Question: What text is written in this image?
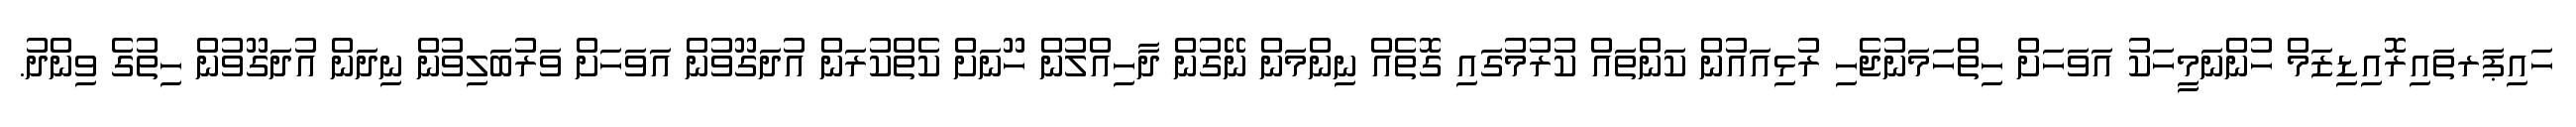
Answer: ހައިޕަރތައިރޮއިޑިޒަމް ހުންނަމީހަކު އަވަހަށް ހިތްހަމަނުޖެހި ރުޅިއައުން ކަންތައް ކުރުމުގައި ގޮތެއް ނިންމަން ނޭގުން ދާހިއްލުން ހޫނަށް ކެތްކުރަން އުދަގޫވުން އަވަހަށް ވަރުބަލިވުން ނިދަން އުދަގޫވުން ހިތުގެ ވިންދު.